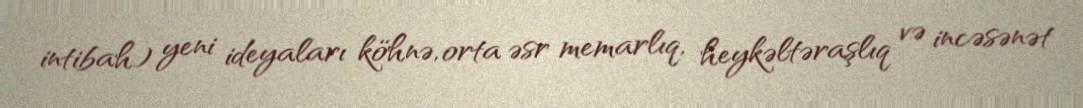
intibah) yeni ideyaları köhnə, orta əsr memarlıq, heykəltəraşlıq və incəsənət